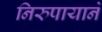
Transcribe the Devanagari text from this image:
निरुपायाने